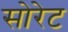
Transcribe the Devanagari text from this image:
सोरेट